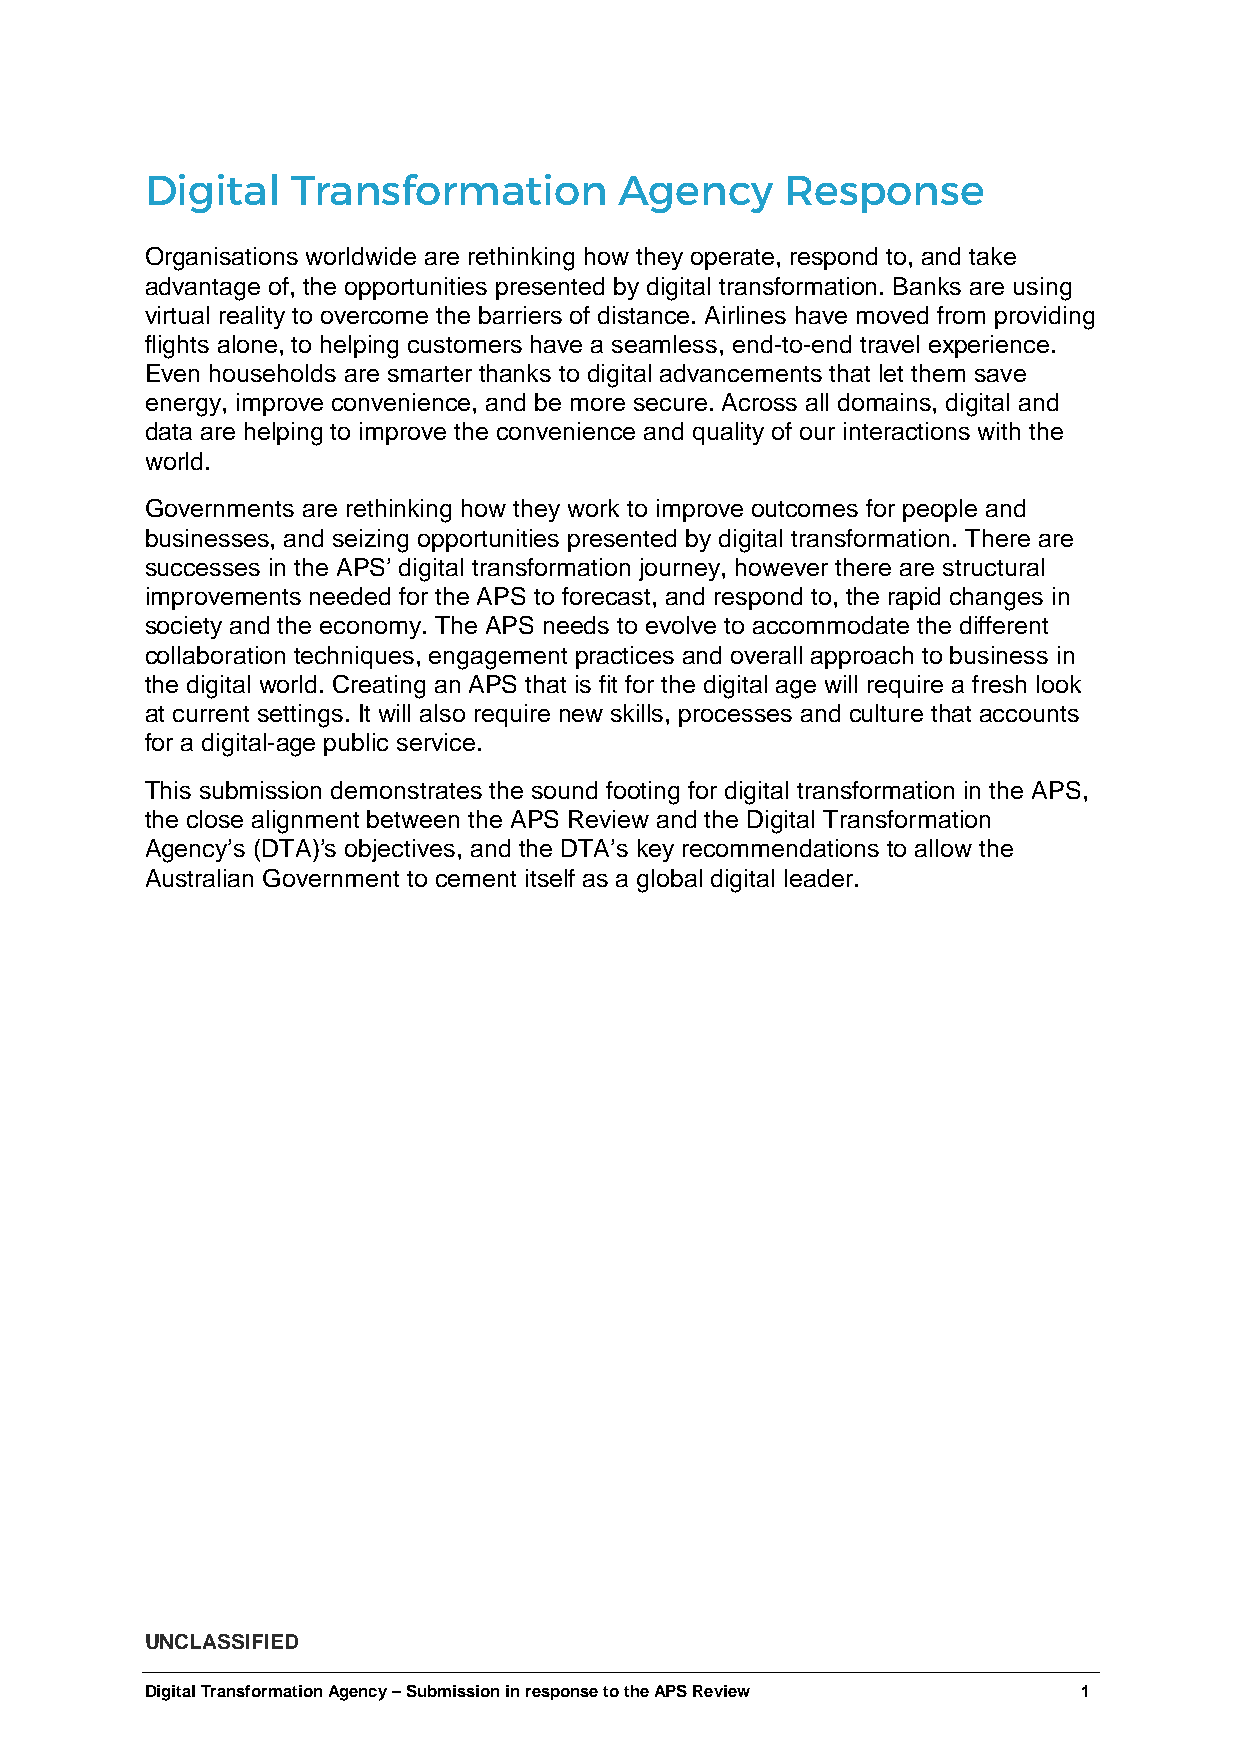
Digital  Transformation        Agency     Response
 Organisations worldwide are rethinking how they operate, respond to, and take
 advantage of, the opportunities presented by digital transformation. Banks are using
 virtual reality to overcome the barriers of distance. Airlines have moved from providing
 flights alone, to helping customers have a seamless, end-to-end travel experience.
 Even households are smarter thanks to digital advancements that let them save
 energy, improve convenience, and be more secure. Across all domains, digital and
 data are helping to improve the convenience and quality of our interactions with the
 world.
 Governments are rethinking how they work to improve outcomes for people and
 businesses, and seizing opportunities presented by digital transformation. There are
 successes in the APS’ digital transformation journey, however there are structural
 improvements needed for the APS to forecast, and respond to, the rapid changes in
 society and the economy. The APS needs to evolve to accommodate the different
 collaboration techniques, engagement practices and overall approach to business in
 the digital world. Creating an APS that is fit for the digital age will require a fresh look
 at current settings. It will also require new skills, processes and culture that accounts
 for a digital-age public service.
 This submission demonstrates the sound footing for digital transformation in the APS,
 the close alignment between the APS Review and the Digital Transformation
 Agency’s (DTA)’s objectives, and the DTA’s key recommendations to allow the
 Australian Government to cement itself as a global digital leader.
 UNCLASSIFIED
 Digital Transformation Agency – Submission in response to the APS Review 1